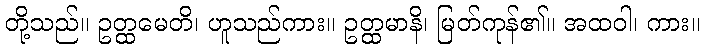
တို့သည်။ ဥတ္ထမေတိ၊ ဟူသည်ကား။ ဥတ္ထမာနိ၊ မြတ်ကုန်၏။ အထဝါ၊ ကား။